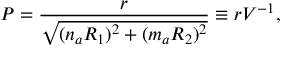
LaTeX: P = \frac { r } { \sqrt { ( n _ { a } R _ { 1 } ) ^ { 2 } + ( m _ { a } R _ { 2 } ) ^ { 2 } } } \equiv r V ^ { - 1 } ,